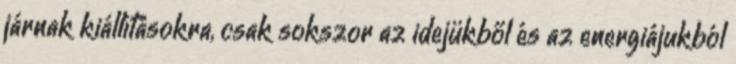
járnak kiállításokra, csak sokszor az idejükből és az energiájukból